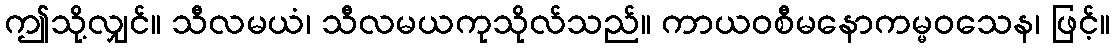
ဤသို့လျှင်။ သီလမယံ၊ သီလမယကုသိုလ်သည်။ ကာယဝစီမနောကမ္မဝသေန၊ ဖြင့်။